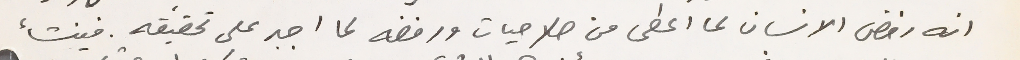
انه رفض الانسان لما اعطى من صلاحيات ورفضه لما اجبر على تحقيقه. فينشأ